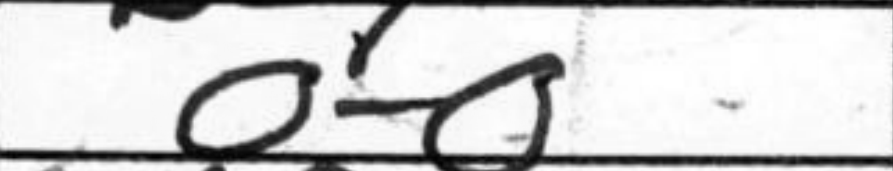
Transcription: O-O